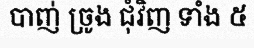
បាញ់ ច្រូង ជុំវិញ ទាំង ៥